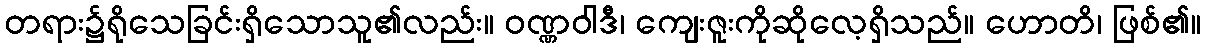
တရား၌ရိုသေခြင်းရှိသောသူ၏လည်း။ ဝဏ္ဏဝါဒီ၊ ကျေးဇူးကိုဆိုလေ့ရှိသည်။ ဟောတိ၊ ဖြစ်၏။